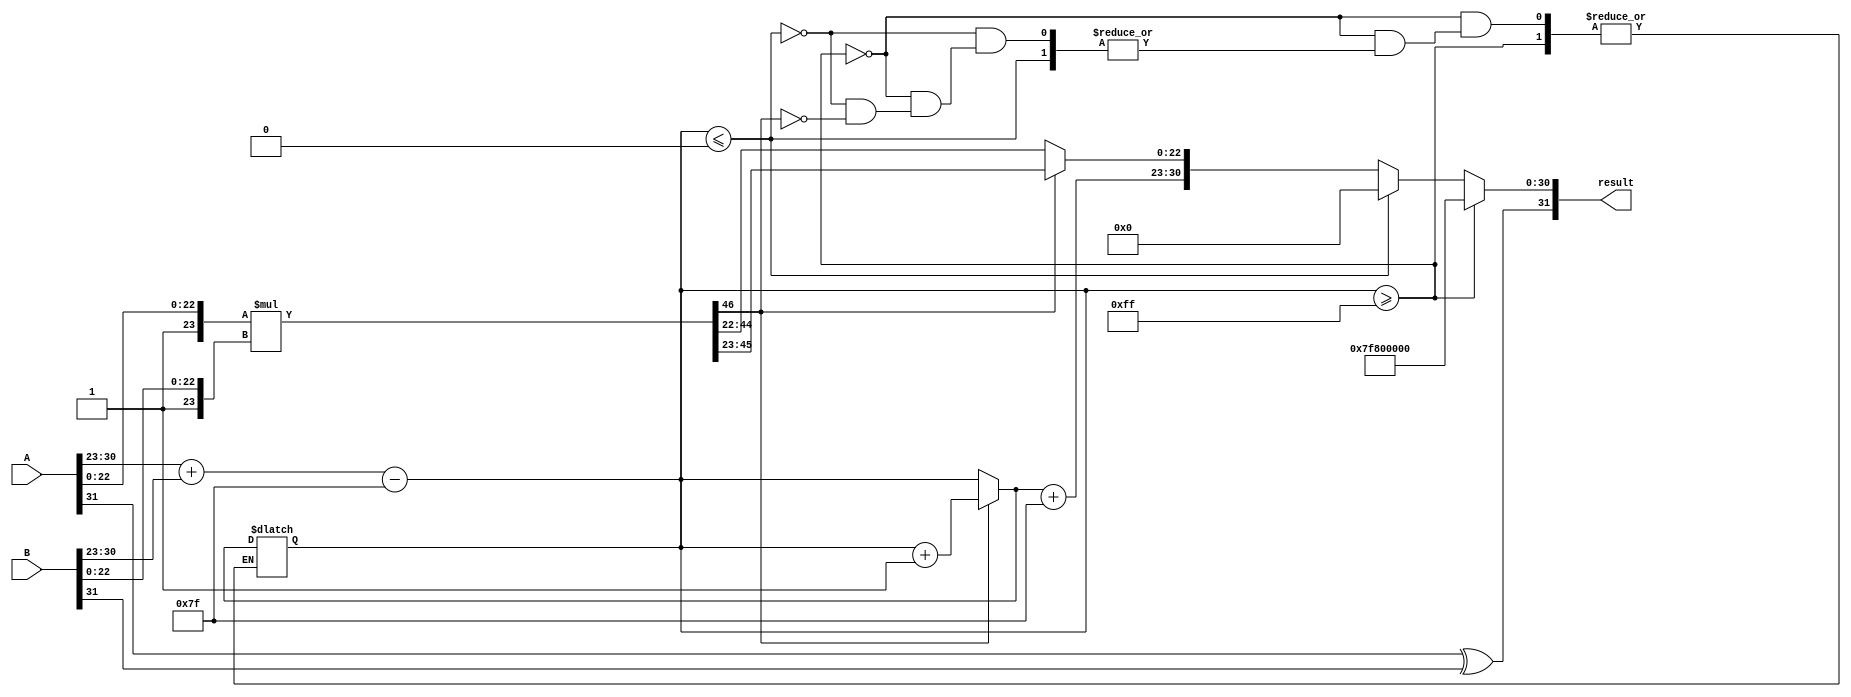
module fp_multiplier (
    input wire [31:0] A, // First floating-point number
    input wire [31:0] B, // Second floating-point number
    output reg [31:0] result // Result of the multiplication
);

    // Constants
    parameter BIAS = 8'd127;
    parameter EXPONENT_BITS = 8;
    parameter MANTISSA_BITS = 23;

    // Internal signals
    wire sign_A, sign_B;
    wire [EXPONENT_BITS-1:0] exponent_A, exponent_B;
    wire [MANTISSA_BITS-1:0] mantissa_A, mantissa_B;
    wire [MANTISSA_BITS+1:0] mantissa_A_norm, mantissa_B_norm; // For normalization
    wire [MANTISSA_BITS*2:0] mantissa_product; // Product of mantissas
    reg [EXPONENT_BITS-1:0] exponent_result;
    reg sign_result;
    reg [MANTISSA_BITS-1:0] mantissa_result;

    // Extract sign, exponent, and mantissa
    assign sign_A = A[31];
    assign exponent_A = A[30:23];
    assign mantissa_A = A[22:0];
    
    assign sign_B = B[31];
    assign exponent_B = B[30:23];
    assign mantissa_B = B[22:0];

    // Normalize mantissas by adding implicit leading 1
    assign mantissa_A_norm = {1'b1, mantissa_A}; // 24 bits
    assign mantissa_B_norm = {1'b1, mantissa_B}; // 24 bits

    // Calculate sign of the result
    always @(*) begin
        sign_result = sign_A ^ sign_B;
    end

    // Calculate mantissa product
    assign mantissa_product = mantissa_A_norm * mantissa_B_norm;

    // Calculate exponent result
    always @(*) begin
        exponent_result = exponent_A + exponent_B - BIAS;
    end

    // Normalization and final result assembly
    always @(*) begin
        // Check for overflow and underflow
        if (exponent_result >= 8'd255) begin
            // Overflow: set to infinity
            result = {sign_result, 8'd255, 23'b0};
        end else if (exponent_result <= 8'd0) begin
            // Underflow: set to zero
            result = {sign_result, 8'd0, 23'b0};
        end else begin
            // Normalization
            if (mantissa_product[MANTISSA_BITS*2] == 1'b1) begin
                // Normal case: shift right
                mantissa_result = mantissa_product[MANTISSA_BITS*2-1:MANTISSA_BITS]; // 23 bits
                exponent_result = exponent_result + 1; // Adjust exponent
            end else begin
                // Need to find the first 1 bit
                mantissa_result = mantissa_product[MANTISSA_BITS*2-2:MANTISSA_BITS-1]; // 23 bits
                exponent_result = exponent_result; // No adjustment needed
            end
            
            // Assemble final result
            result = {sign_result, exponent_result + BIAS, mantissa_result};
        end
    end

endmodule